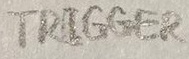
Text: TRIGGER